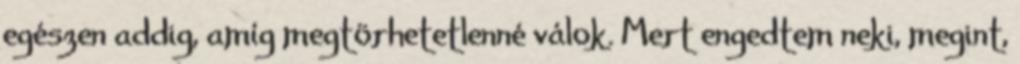
egészen addig, amíg megtörhetetlenné válok. Mert engedtem neki, megint,